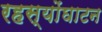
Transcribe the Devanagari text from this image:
रहस्योंघाटन